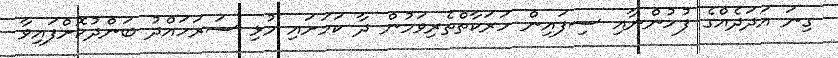
ގިނަ އަދަދެއްގެ ފުުހުންނާއި ސިފައިން ހަރަކާތްތެރިވަމުން ދާ ކަމަށައި މުޅި ސަރަހައްދު ބަންދުކޮށްފައިވާ